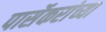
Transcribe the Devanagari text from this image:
पार्सेकरांच्या